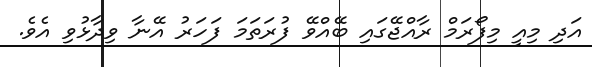
އަދި މިއީ މިފޯރަމް ރާއްޖޭގައި ބޭއްވޭ ފުރަތަމަ ފަހަރު އޭނާ ވިދާޅުވި އެވެ.